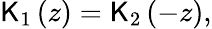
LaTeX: \mathsf{K}_{1}\left(z\right)=\mathsf{K}_{2}\left(-z\right),